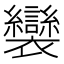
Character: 𧟏